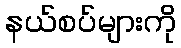
နယ်စပ်များကို